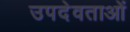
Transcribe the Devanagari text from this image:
उपदेवताओं